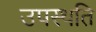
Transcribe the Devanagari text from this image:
उपस्थति